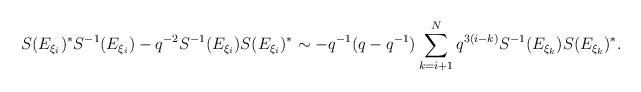
LaTeX: \begin{align*}S(E_{\xi_{i}})^{*} S^{-1}(E_{\xi_{i}}) - q^{-2} S^{-1} (E_{\xi_{i}}) S(E_{\xi_{i}})^{*}\sim - q^{-1}(q - q^{-1}) \sum_{k = i + 1}^{N} q^{3(i - k)} S^{-1}(E_{\xi_{k}}) S(E_{\xi_{k}})^{*}.\end{align*}